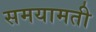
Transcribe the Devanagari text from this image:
समयामती